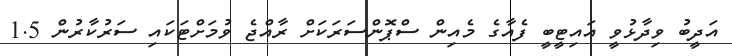
އަދީބު ވިދާޅުވީ އައިޓީބީ ފެއާގެ މެއިން ސްޕޮންސަރަކަށް ރާއްޖެ ވުމަށްޓަކައި ސަރުކާރުން 1.5